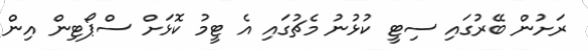
ރަށުން ބޭރުގައި ސިޓީ ކުޅުނު މެޗުގައި އެ ޓީމު ކޮޅަށް ސްޕޯޓިން އިން